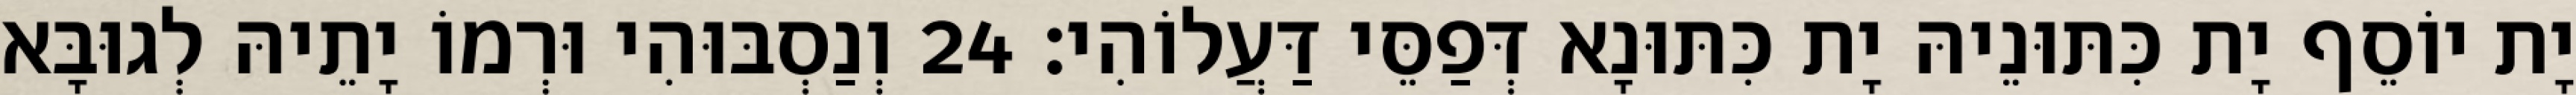
יָת יוֹסֵף יָת כִּתּוּנֵיהּ יָת כִּתּוּנָא דְּפַסֵּי דַּעֲלוֹהִי׃ 24 וְנַסְבּוּהִי וּרְמוֹ יָתֵיהּ לְגוּבָּא